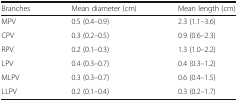
| Branches | Mean diameter (cm) | Mean length (cm) |
 | --- | --- | --- |
 | MPV | 0.5 (0.4–0.9) | 2.3 (1.1–3.6) |
 | CPV | 0.3 (0.2–0.5) | 0.9 (0.6–2.3) |
 | RPV | 0.2 (0.1–0.3) | 1.3 (1.0–2.2) |
 | LPV | 0.4 (0.3–0.7) | 0.4 (0.3–1.2) |
 | MLPV | 0.3 (0.3–0.7) | 0.6 (0.4–1.5) |
 | LLPV | 0.2 (0.1–0.4) | 0.3 (0.2–1.7) |